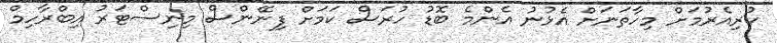
ކުރިއެރުމަށް މިހާތަނަށް އެޅުނު އެންމެ ބޮޑު ހުރަސް ކަމަށް ފިނޭންސް މިނިސްޓަރު އިބްރާހިމް